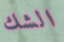
الشك